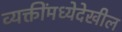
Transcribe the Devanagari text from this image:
व्यक्तींमध्येदेखील